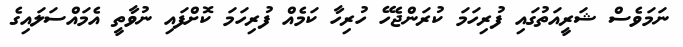
ނަމަވެސް ޝަރީއަތުގައި ފުރިހަމަ ކުރަންޖެހޭ ހުރިހާ ކަމެއް ފުރިހަމަ ކޮށްފައި ނުވާތީ އެމައްސަލައިގެ